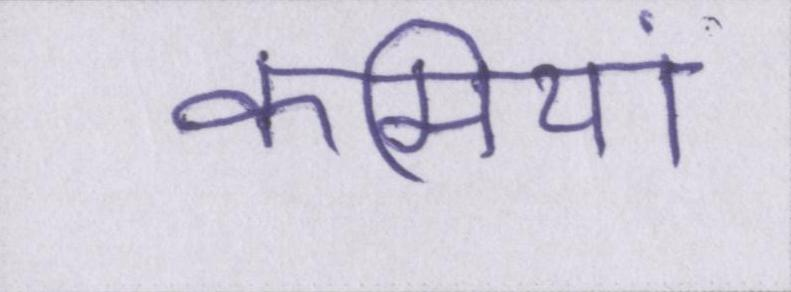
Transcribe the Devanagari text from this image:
कमियां